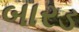
બારડ